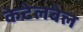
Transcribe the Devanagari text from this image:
केटेलबेल